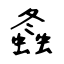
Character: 螽